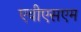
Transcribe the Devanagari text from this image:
एवीएसएम